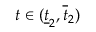
t \in ( \underline { { t } } _ { 2 } , \overline { { t } } _ { 2 } )